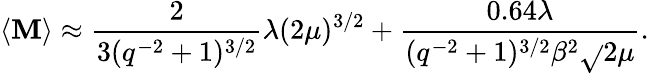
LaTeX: \langle\mathbf{M}\rangle\approx\frac{{2}}{{3(q^{-2}+1)^{3/2}}}\lambda(2\mu)^{3/2}+\frac{{0.64\lambda}}{{(q^{-2}+1)^{3/2}\beta^{2}\sqrt{}{{2\mu}}}}.